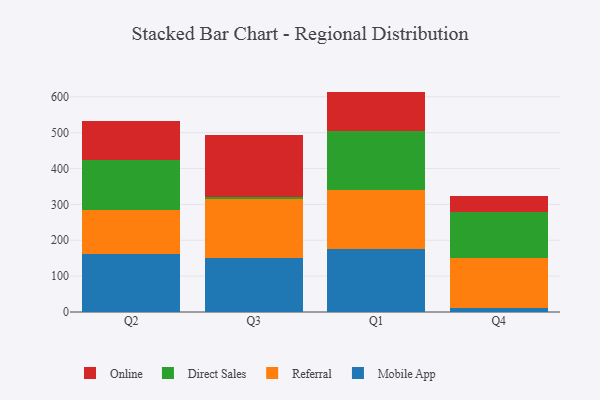
{"axis": {"x": "Quarter", "y": "Bounce Rate (%)"}, "legend": ["Direct Sales", "Mobile App", "Online", "Referral"], "data": [{"x": "Q2", "y": 161.6, "type": "Mobile App"}, {"x": "Q2", "y": 123.5, "type": "Referral"}, {"x": "Q2", "y": 138.3, "type": "Direct Sales"}, {"x": "Q2", "y": 109.2, "type": "Online"}, {"x": "Q3", "y": 151.9, "type": "Mobile App"}, {"x": "Q3", "y": 162.8, "type": "Referral"}, {"x": "Q3", "y": 6.4, "type": "Direct Sales"}, {"x": "Q3", "y": 172.2, "type": "Online"}, {"x": "Q1", "y": 174.5, "type": "Mobile App"}, {"x": "Q1", "y": 165.1, "type": "Referral"}, {"x": "Q1", "y": 164.9, "type": "Direct Sales"}, {"x": "Q1", "y": 110.1, "type": "Online"}, {"x": "Q4", "y": 12.2, "type": "Mobile App"}, {"x": "Q4", "y": 137.3, "type": "Referral"}, {"x": "Q4", "y": 129.1, "type": "Direct Sales"}, {"x": "Q4", "y": 43.6, "type": "Online"}]}